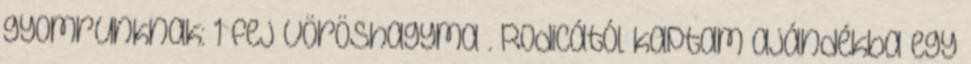
gyomrunknak: 1 fej vöröshagyma . Rodicától kaptam ajándékba egy